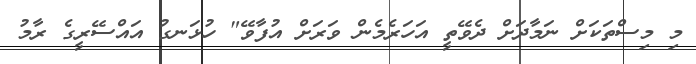
މި މިސްތަކަށް ނަމާދަށް ދެވޭތީ އަަހަރެމެން ވަރަށް އުފާވޭ" ހުޅަނގު އައްސޭރީގެ ރާމު